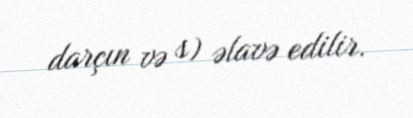
darçın və s) əlavə edilir.